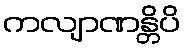
ကလျာဏန္တိပိ